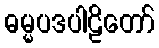
ဓမ္မပဒပါဠိတော်